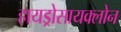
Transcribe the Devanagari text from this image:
हायड्रोसायक्लोन